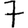
Digit: 7